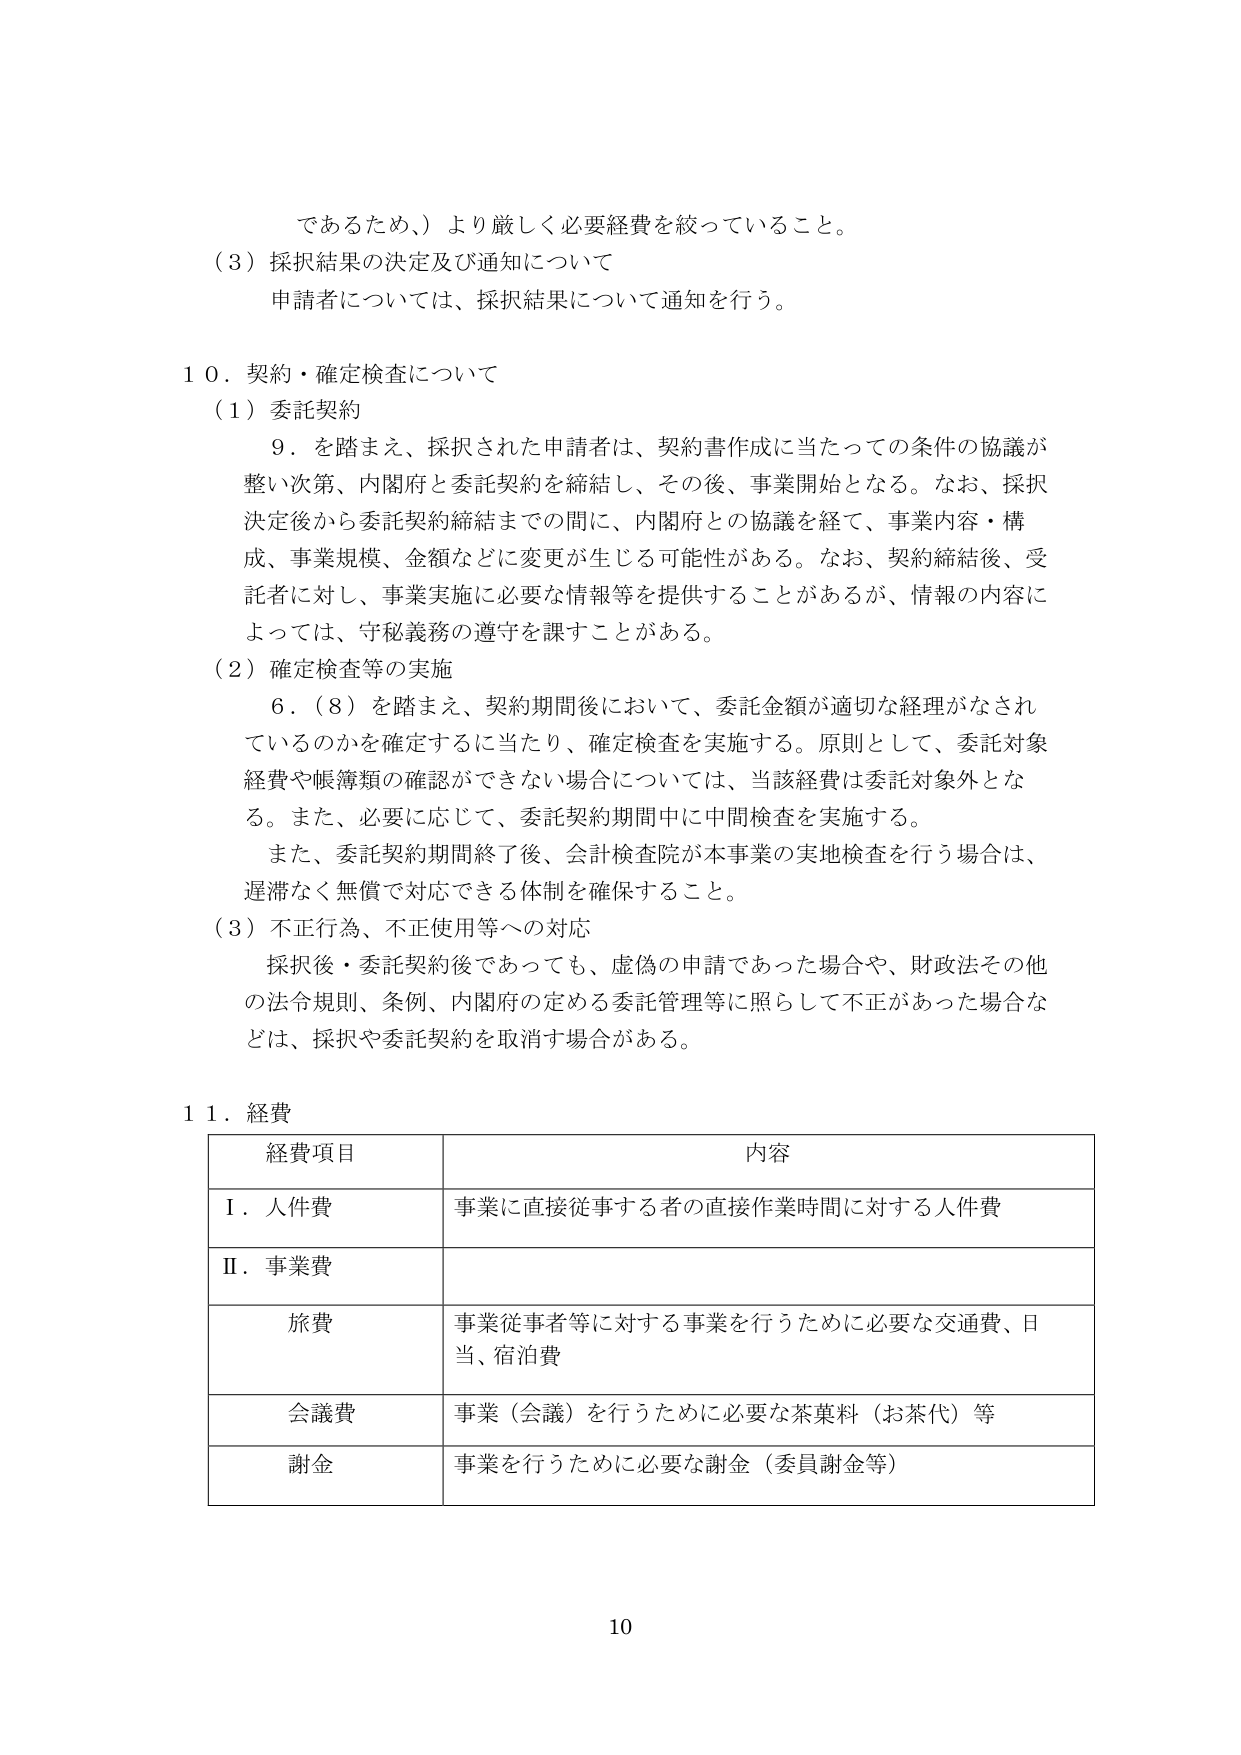
であるため、）より厳しく必要経費を絞っていること。

（３）採択結果の決定及び通知について
申請者については、採択結果について通知を行う。

１０．契約・確定検査について
（１）委託契約
　９．を踏まえ、採択された申請者は、契約書作成に当たっての条件の協議が
整い次第、内閣府と委託契約を締結し、その後、事業開始となる。なお、採択
決定後から委託契約締結までの間に、内閣府との協議を経て、事業内容・構
成、事業規模、金額などに変更が生じる可能性がある。なお、契約締結後、受
託者に対し、事業実施に必要な情報等を提供することがあるが、情報の内容に
よっては、守秘義務の遵守を課すことがある。

（２）確定検査等の実施
　６．（８）を踏まえ、契約期間後において、委託金額が適切な経理がなされ
ているのかを確定するに当たり、確定検査を実施する。原則として、委託対象
経費や帳簿類の確認ができない場合については、当該経費は委託対象外とな
る。また、必要に応じて、委託契約期間中に中間検査を実施する。
　また、委託契約期間終了後、会計検査院が本事業の実地検査を行う場合は、
遅滞なく無償で対応できる体制を確保すること。

（３）不正行為、不正使用等への対応
　採択後・委託契約後であっても、虚偽の申請であった場合や、財政法その他
の法令規則、条例、内閣府の定める委託管理等に照らして不正があった場合な
どは、採択や委託契約を取消す場合がある。

１１．経費

経費項目　　　　　　　　　　　　　　　　　　　　　　　内容
Ⅰ．人件費　　　　　　　　　　　　　　　　　　事業に直接従事する者の直接作業時間に対する人件費
Ⅱ．事業費
　　旅費　　　　　　　　　　　　　　　　事業従事者等に対する事業を行うために必要な交通費、日
　　　　　　　　　　　　　　　　　　　　当、宿泊費
　　会議費　　　　　　　　　　　　　　　事業（会議）を行うために必要な茶菓料（お茶代）等
　　謝金　　　　　　　　　　　　　　　　事業を行うために必要な謝金（委員謝金等）

10